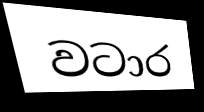
වටාර